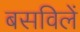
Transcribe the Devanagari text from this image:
बसविलें